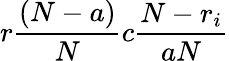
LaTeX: r\frac{(N-a)}{N}c\frac{N-r_{i}}{aN}